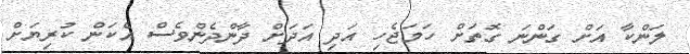
ލަންކާ އަށް ގަންނަ ގޮތަށް ހަމަޖެހި އަދި އަދަށް ދާންދެންވެސް އެކަން ކުރިޔަށް